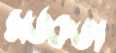
সর্তকতা